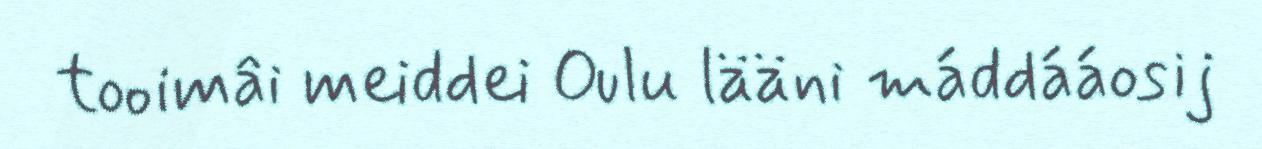
tooimâi meiddei Oulu lääni máddááosij